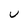
Character: U